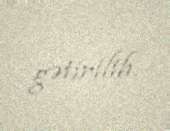
gətirilib.